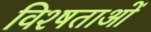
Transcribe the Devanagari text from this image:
विश्षताओं